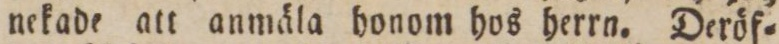
nekade att anmäla honom hos herrn. Deröf=